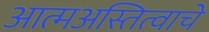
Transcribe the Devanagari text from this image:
आत्मअस्तित्वाचे